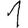
Digit: 1